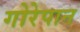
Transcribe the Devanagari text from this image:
गोरेपान